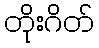
တိုးဂိတ်